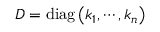
D = \operatorname { d i a g } \left( k _ { 1 } , \cdots , k _ { n } \right)